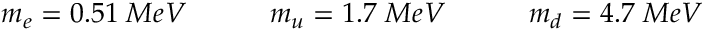
\begin{array} { r } { m _ { e } = 0 . 5 1 \; M e V \qquad \quad m _ { u } = 1 . 7 \; M e V \qquad \quad m _ { d } = 4 . 7 \; M e V } \end{array}